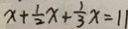
x + \frac { 1 } { 2 } x + \frac { 1 } { 3 } x = 1 1